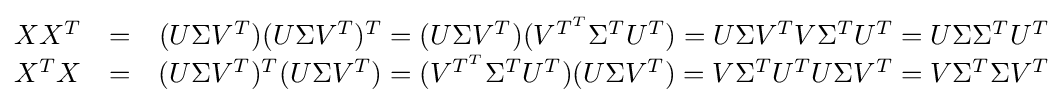
{\begin{matrix}XX^{T}&=&(U\Sigma V^{T})(U\Sigma V^{T})^{T}=(U\Sigma V^{T})(V^{T^{T}}\Sigma ^{T}U^{T})=U\Sigma V^{T}V\Sigma ^{T}U^{T}=U\Sigma \Sigma ^{T}U^{T}\\X^{T}X&=&(U\Sigma V^{T})^{T}(U\Sigma V^{T})=(V^{T^{T}}\Sigma ^{T}U^{T})(U\Sigma V^{T})=V\Sigma ^{T}U^{T}U\Sigma V^{T}=V\Sigma ^{T}\Sigma V^{T}\end{matrix}}